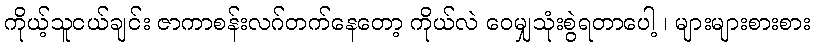
ကိုယ့်သူငယ်ချင်း ဇာကာစန်းလဂ်တက်နေတော့ ကိုယ်လဲ ဝေမျှသုံးစွဲရတာပေါ့ ၊ များများစားစား